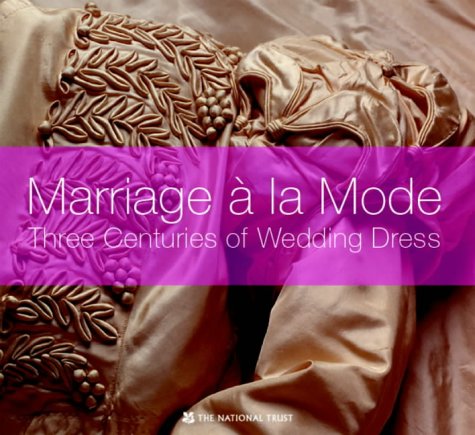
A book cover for Marriage a la Mode: Three Centuries of Wedding Dress Tradition; Shelley Tobin; Crafts, Hobbies & Home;